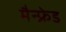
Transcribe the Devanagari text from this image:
मैन्फ्रेड